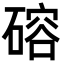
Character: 𪿮